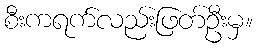
စီးကရက်လည်းဖြတ်ဦးမှ။